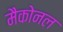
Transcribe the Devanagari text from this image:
मैकोनल